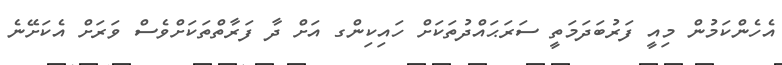
އެހެންކަމުން މިއީ ފަރުބަދަމަތީ ސަރަޙައްދުތަކަށް ހައިކިންގ އަށް ދާ ފަރާތްތަކަށްވެސް ވަރަށް އެކަށޭނެ